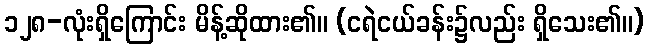
၁၂၈-လုံးရှိကြောင်း မိန့်ဆိုထား၏။ (ငရဲငယ်ခန်း၌လည်း ရှိသေး၏။)